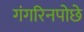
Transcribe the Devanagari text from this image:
गंगरिनपोछे